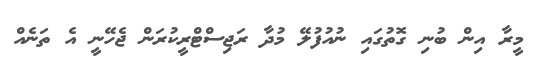
މީރާ އިން ބުނި ގޮތުގައި ނުއުފުލޭ މުދާ ރަޖިސްޓްރީކުރަން ޖެހޭނީ އެ ތަނެއް